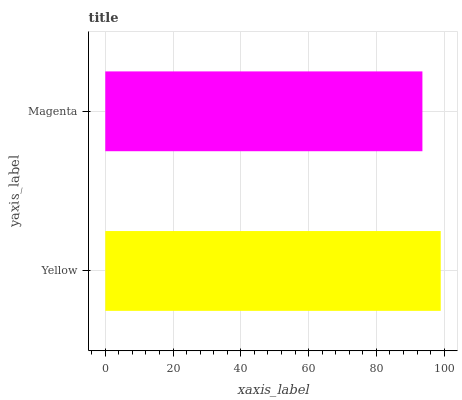
| yaxis_label | bars |
 | --- | --- |
 | Yellow | 99 |
 | Magenta | 93.6 |